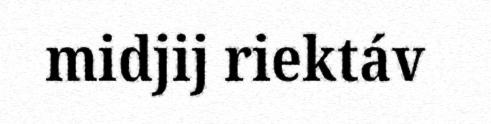
midjij riektáv